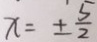
x = \pm \frac { 5 } { 2 }